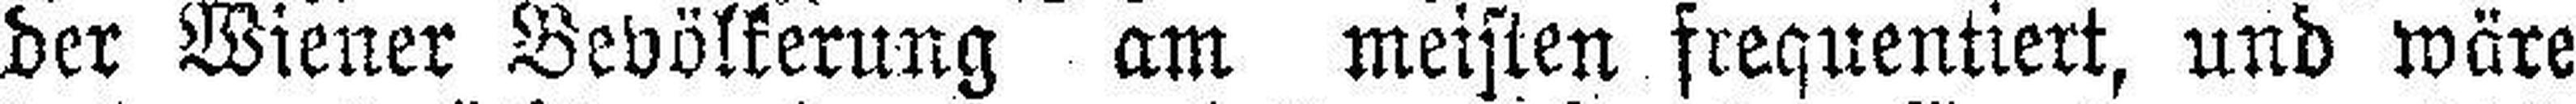
der Wiener Bevölkerung am meisten frequentiert, und wäre